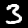
Digit: 3